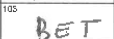
Transcription: BET